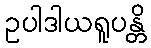
ဥပါဒါယရူပန္တိ